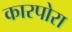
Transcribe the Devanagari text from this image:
कारपोरा